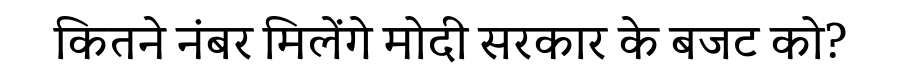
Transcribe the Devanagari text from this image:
कितने नंबर मिलेंगे मोदी सरकार के बजट को?